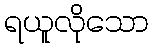
ရယူလိုသော